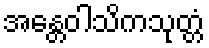
အန္တေဝါသိကသုတ္တံ